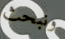
ونبحث